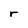
Character: r